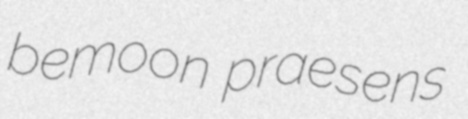
bemoon praesens